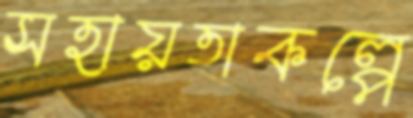
সহায়তাকল্পে